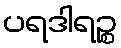
ပရဒါရဉ္စ